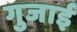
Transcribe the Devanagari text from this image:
गुजाई